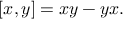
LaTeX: [ x , y ] = x y - y x .